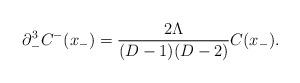
LaTeX: \begin{align*}\partial_-^3 C^-(x_-) = \frac{2\Lambda}{(D-1)(D-2)}C(x_-).\end{align*}